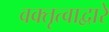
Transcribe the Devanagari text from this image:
वक्तृत्वाद्वारे